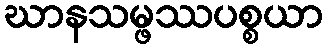
ဃာနသမ္ဖဿပစ္စယာ